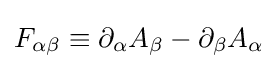
F_{\alpha \beta }\equiv \partial _{\alpha }A_{\beta }-\partial _{\beta }A_{\alpha }